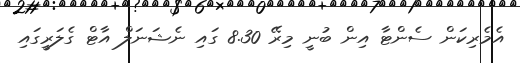
އެމެރިކަން ސެންޓާ އިން ބުނީ މިރޭ 8.30 ގައި ނެޝަނަލް އާޓް ގެލަރީގައި